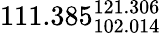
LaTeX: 111.385_{102.014}^{121.306}